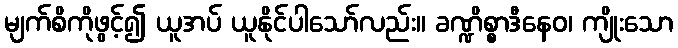
မျက်စိကိုဖွင့်၍ ယူအပ် ယူနိုင်ပါသော်လည်း။ ခဏ္ဍိစ္စာဒီနေဝ၊ ကျိုးသော